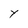
Character: Y